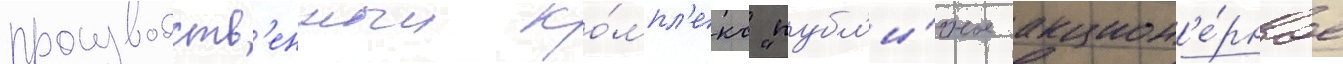
производств'енныи ко́мпл'екс "публ'и́чное акцион'е́рное